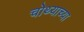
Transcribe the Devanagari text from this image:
चोथ्याच्या